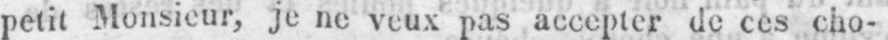
petit Monsieur, je ne veux pas accepter de ces cho-